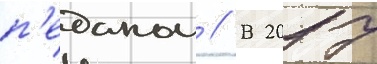
п'еданом // В 2017